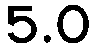
5.0